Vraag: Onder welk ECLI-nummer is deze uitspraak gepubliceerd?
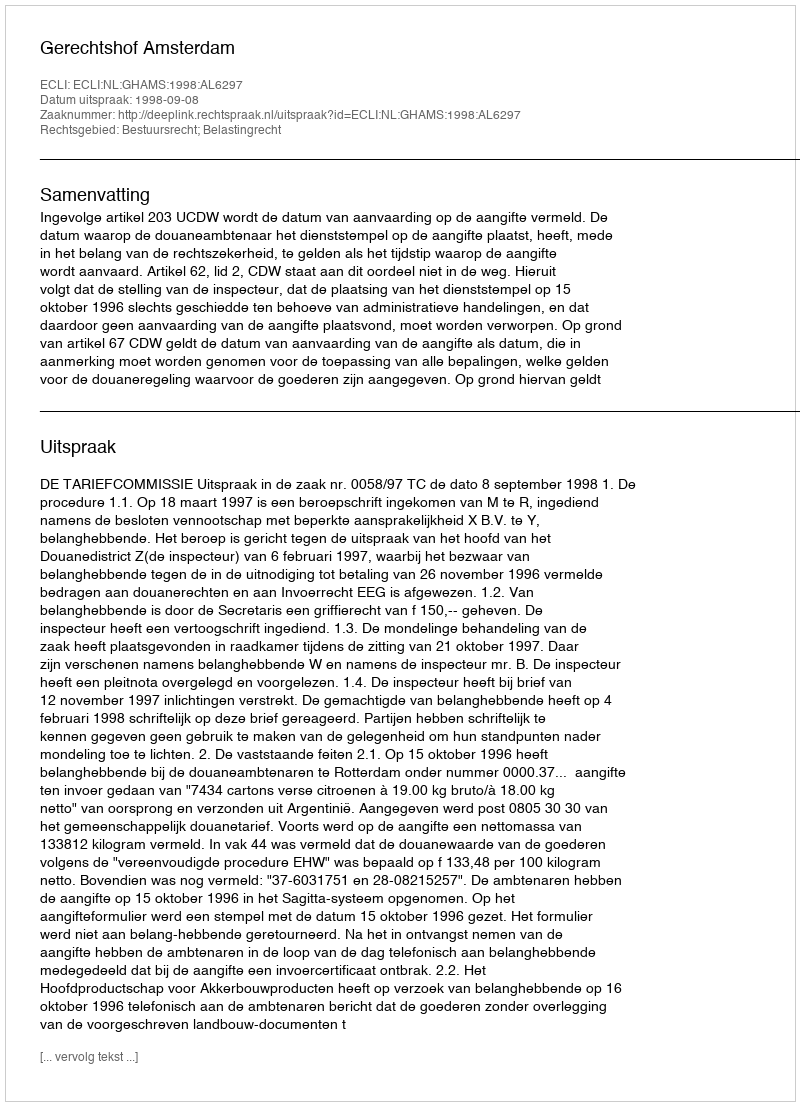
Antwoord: ECLI:NL:GHAMS:1998:AL6297